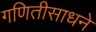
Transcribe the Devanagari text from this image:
गणितीसाधने